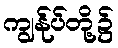
ကျွန်ုပ်တို့၌